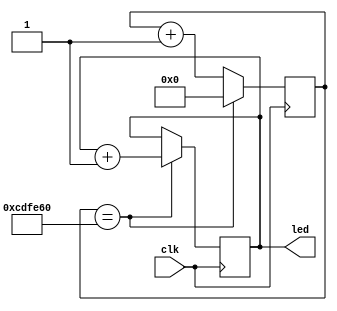
`default_nettype none

module top  
#(
    parameter WAIT_TIME = 13500000
)
(
    input clk,
    output [5:0] led
);
    
// localparam WAIT_TIME = 13500000;

reg [5:0] ledCounter = 0;
reg [23:0] clockCounter = 0;

always @(posedge clk) begin
    clockCounter <= clockCounter + 1;
    if (clockCounter == WAIT_TIME) begin
        clockCounter <= 0;
        ledCounter <= ledCounter + 1;
    end
    
end

assign led = ledCounter;

endmodule